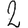
Digit: 2